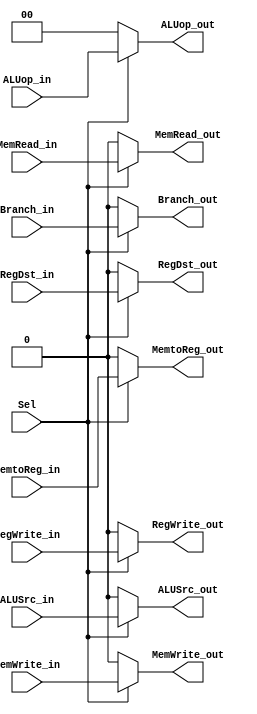

module MuxforControlSel(RegWrite_out, MemtoReg_out, Branch_out, MemRead_out, MemWrite_out,ALUSrc_out, RegDst_out, ALUop_out,
                        RegWrite_in, MemtoReg_in, Branch_in, MemRead_in, MemWrite_in,ALUSrc_in, RegDst_in, ALUop_in, Sel);

output RegWrite_out, MemtoReg_out, Branch_out, MemRead_out, MemWrite_out,ALUSrc_out, RegDst_out;
reg RegWrite_out, MemtoReg_out, Branch_out, MemRead_out, MemWrite_out,ALUSrc_out, RegDst_out;
output [1:0]ALUop_out;
reg [1:0]ALUop_out;

input RegWrite_in, MemtoReg_in, Branch_in, MemRead_in, MemWrite_in,ALUSrc_in, RegDst_in, Sel;
input [1:0]ALUop_in;

always@(*)
begin
    //Control Unit Selection == 1'b0 insert bubble
    if( Sel==1'b1 )begin
        RegWrite_out = RegWrite_in;
        MemtoReg_out = MemtoReg_in;
        Branch_out = Branch_in;
        MemRead_out = MemRead_in;
        MemWrite_out = MemWrite_in;
        ALUSrc_out = ALUSrc_in;
        RegDst_out = RegDst_in;
        ALUop_out = ALUop_in;
    end
    else begin
        RegWrite_out = 1'b0;
        MemtoReg_out = 1'b0;
        Branch_out = 1'b0;
        MemRead_out = 1'b0;
        MemWrite_out = 1'b0;
        ALUSrc_out = 1'b0;
        RegDst_out = 1'b0;
        ALUop_out = 2'b00;
    end

end


endmodule